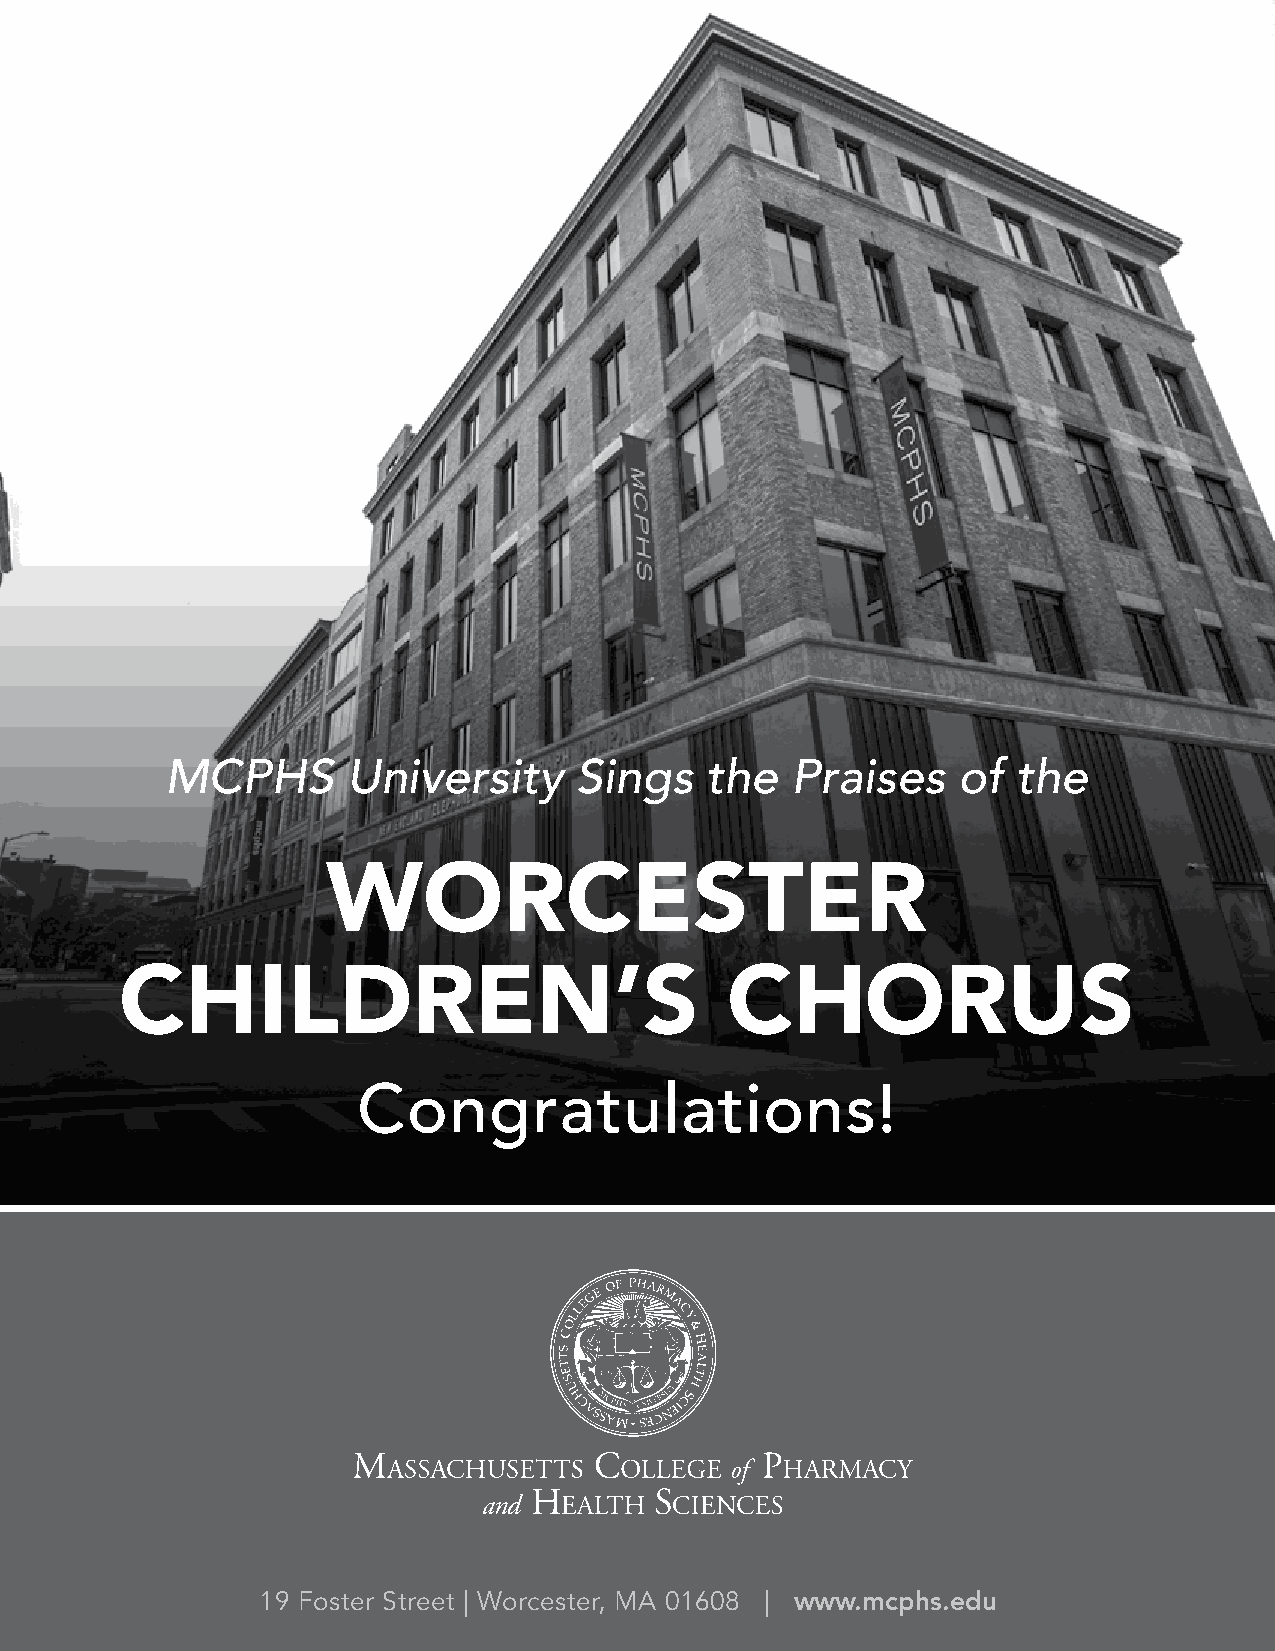
MCPHS       University     Sings    the  Praises    of  the
 WORCESTER
 CHILDREN’S                              CHORUS
 Congratulations!
 19 Foster Street | Worcester, MA 01608 | www.mcphs.edu